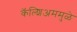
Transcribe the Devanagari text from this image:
कॅल्शिअममुळे